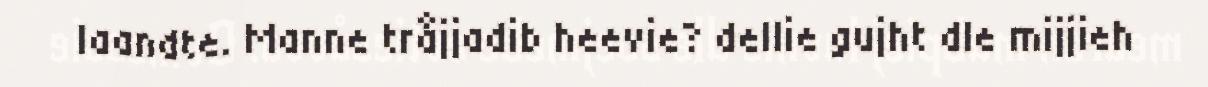
laandte. Manne tråjjadib heevie? dellie gujht dle mijjieh